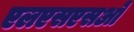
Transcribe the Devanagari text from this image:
एलएसएसओ